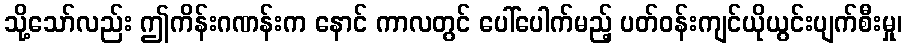
သို့သော်လည်း ဤကိန်းဂဏန်းက နောင် ကာလတွင် ပေါ်ပေါက်မည့် ပတ်ဝန်းကျင်ယိုယွင်းပျက်စီးမှု၊